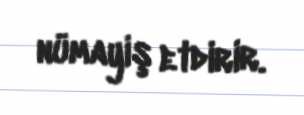
nümayiş etdirir.